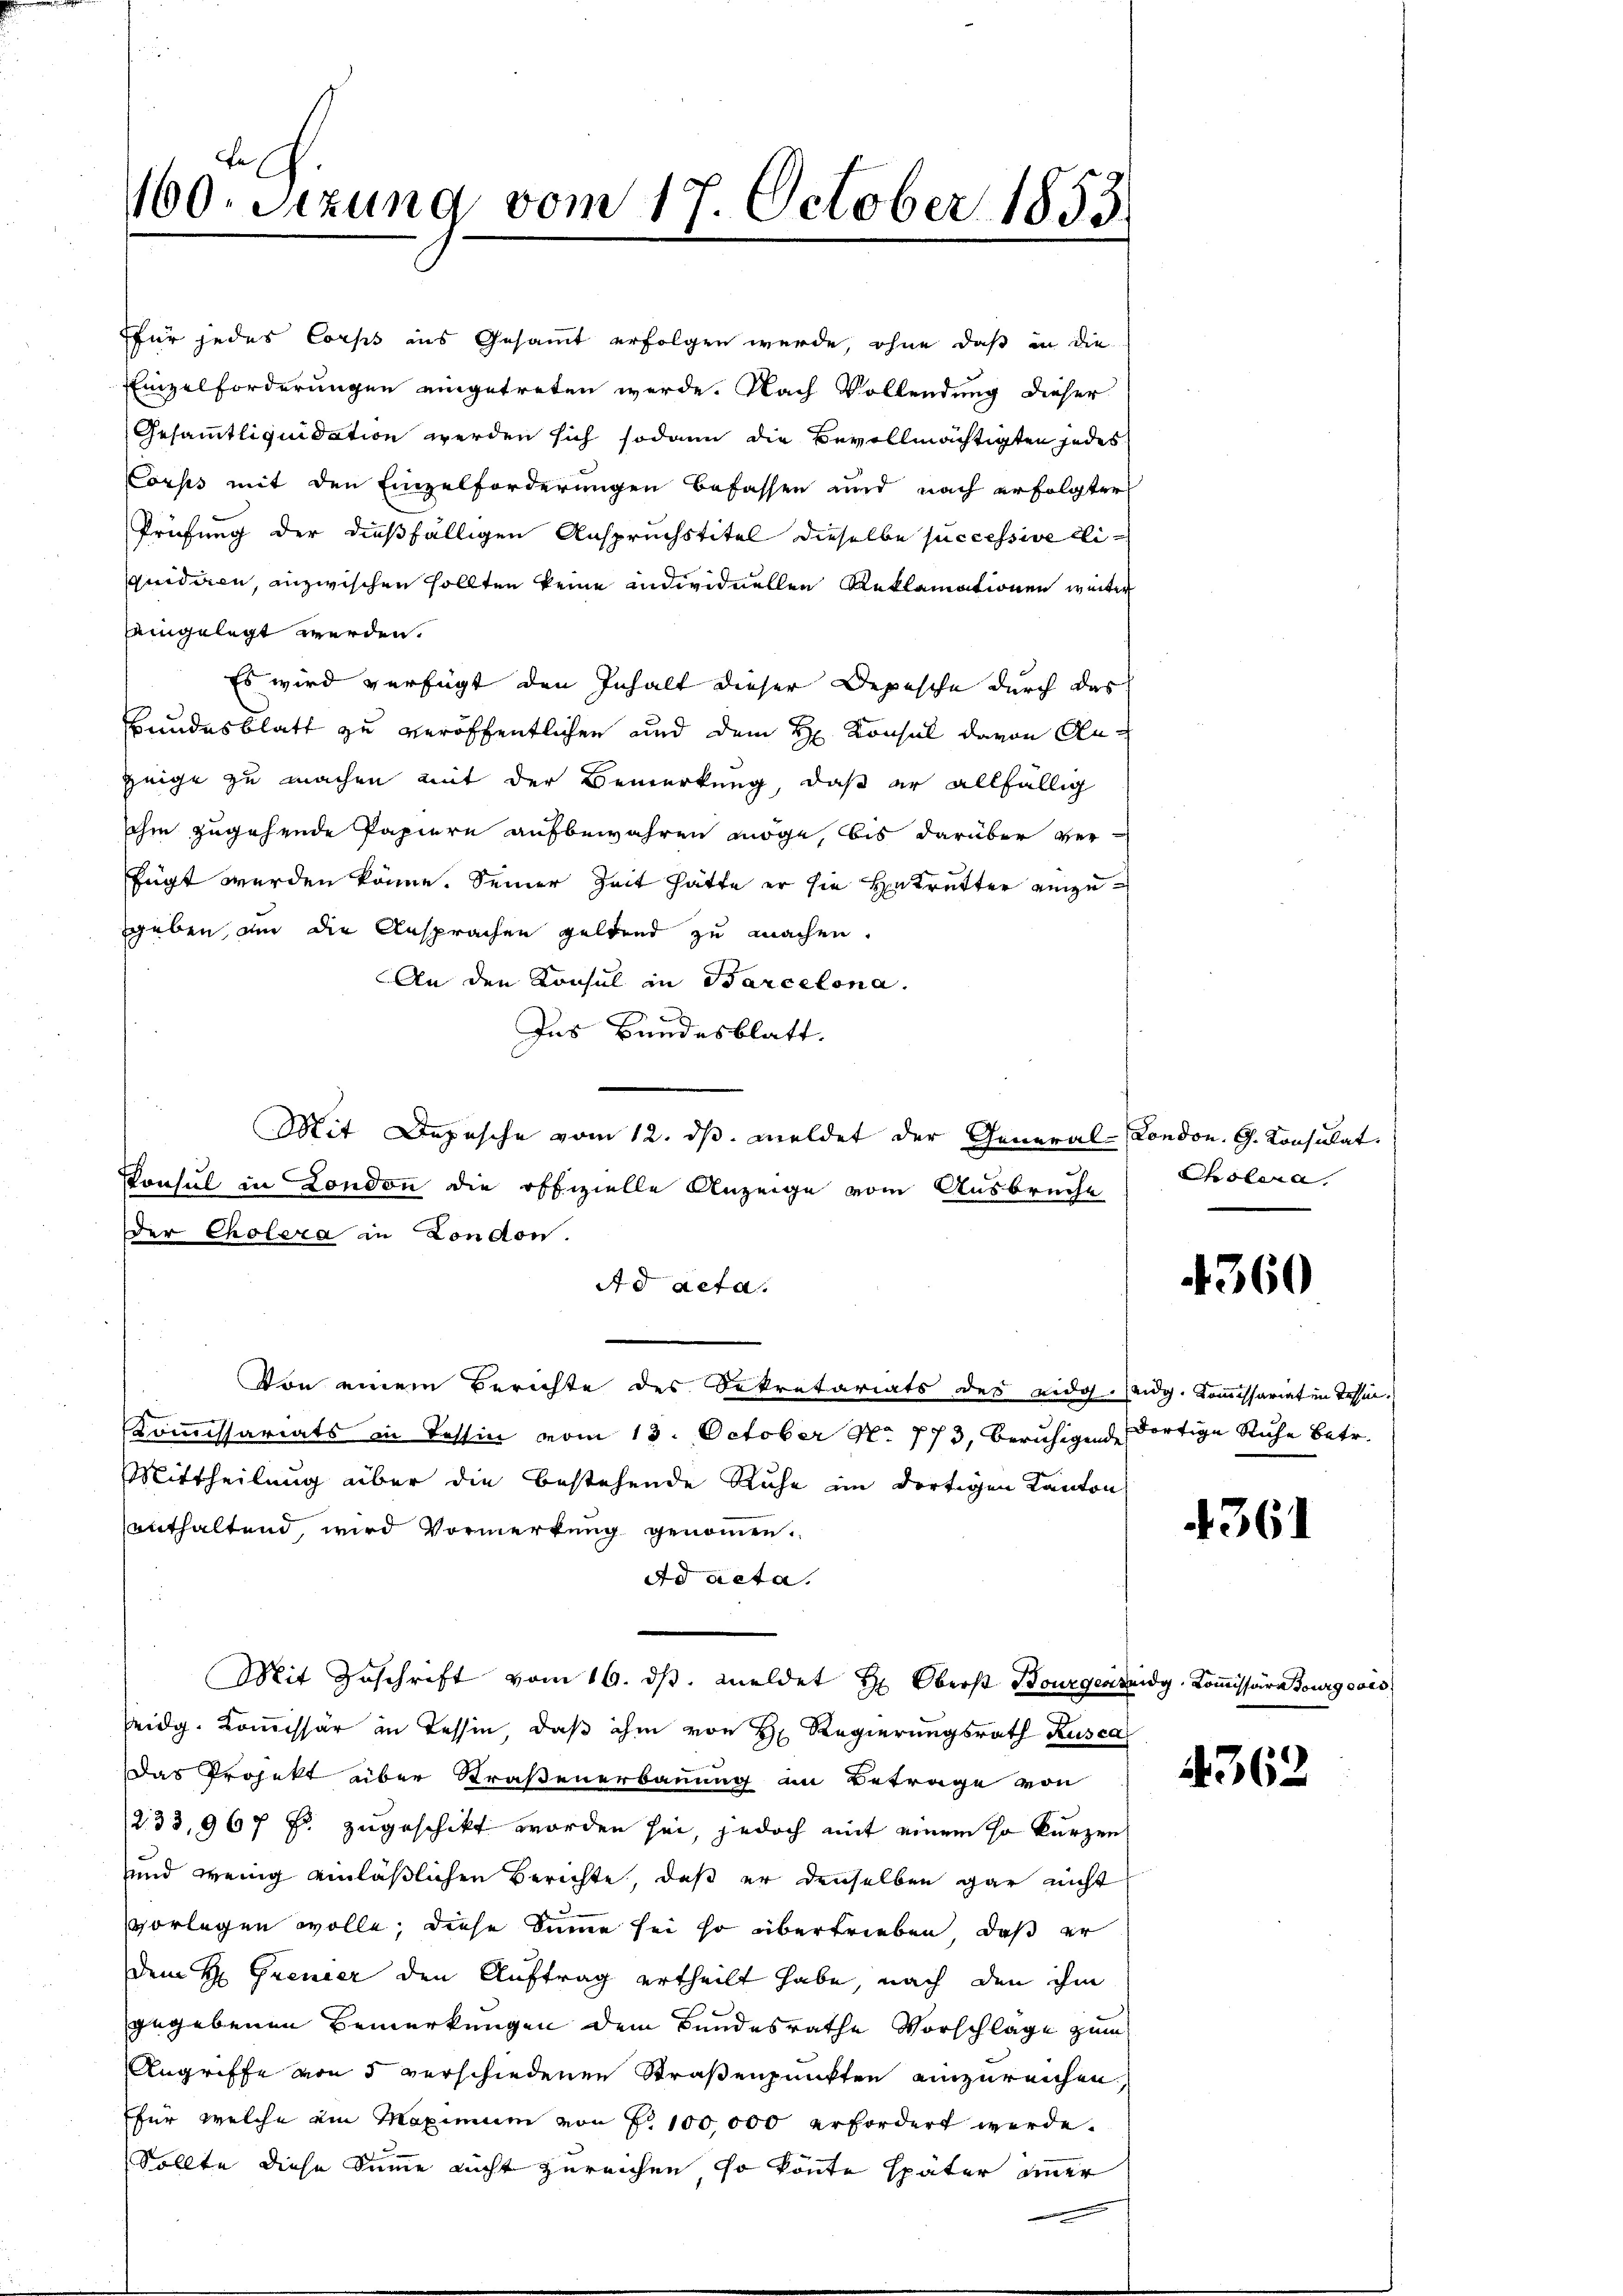
160. Setzung vom 17. October 1853.

für jedes Corps aus Gesammt erfolgen wurde, ohne daß in die
Einzelforderungen eingetreten werde. Nach Vollendung dieser
Gesammtliquidation werden sich sodann die Bevollmächtigten jedes
Corps mit den Einzelforderungen befassen und nach erfolgter
Prüfung der dießfälligen Anspruchstitel dieselbe successive Liquidiren, inzwischen sollten keine individuellen Reklamationen weiter
eingelegt werden.
Es wird verfügt den Inhalt dieser Depesche durch das
Bundesblatt zu veröffentlichen und dem H. Konsul davon Anzeige zu machen mit der Bemerkung, daß er allfällig
shin zugehende Papiern aufbewahren möge, bis darüber ver-
fügt werden könne. Seiner Zeit hätte er sie betretter einzugeben, an die Ansprachen geltend zu machen.
An den Konsul in Barcelona.
x
Ins Bundesblatt.
Mit Depesche vom 12. dβ. meldet der General-Condon. G. Konsulat
Konsul in London die offizielle Anzeige vom Ausbrucht
der Cholera in London.
Ad acta.
Von einem Berichte des Sekretariats des eidg. eidg. Kommissariaten Tessin.
Kommissariats in Tessin vom 13. October No. 773, beruhigen dortige Ruhe betr.
Mittheilung über die bestehende Ruhe im dortigen Kanton
enthaltend, wird Vormerkung genommen.
Ad acta.
Mit Zuschrift vom 16. dβ. meldet H. Oberst Bourgermeidg. Kommissära Tourgeois
Zeidg. Kommissär in Tessin, daß ihm von H. Regierungsrath Rusca
Das Projekt über Straßenerbauung an Betrage von
/233, 967 Fr. zugeschikt worden sei, jedoch mit einem so kurzen
und wenig einläßlichen Berichte, daß er denselben gar nicht
vorlegen wolle, diese Summe sei so übertrieben, daß er
Dem H. Grenzer den Auftrag ertheilt habe, nach den ihm
gegebenen Bemerkungen dem Bundesrathe Vorschläge zum
Angriffe von 5 verschiedenen Straßenpunkten einzureichen.
ffür welche ein Maximum von No 100,000 erfordert werde.
Sollte diese Summe nicht zureichen, so könnte später immer

Cholera.

4360

4361

4362